Annual administration report of the Bombay Presidency - 1887-1892
Year: 1887
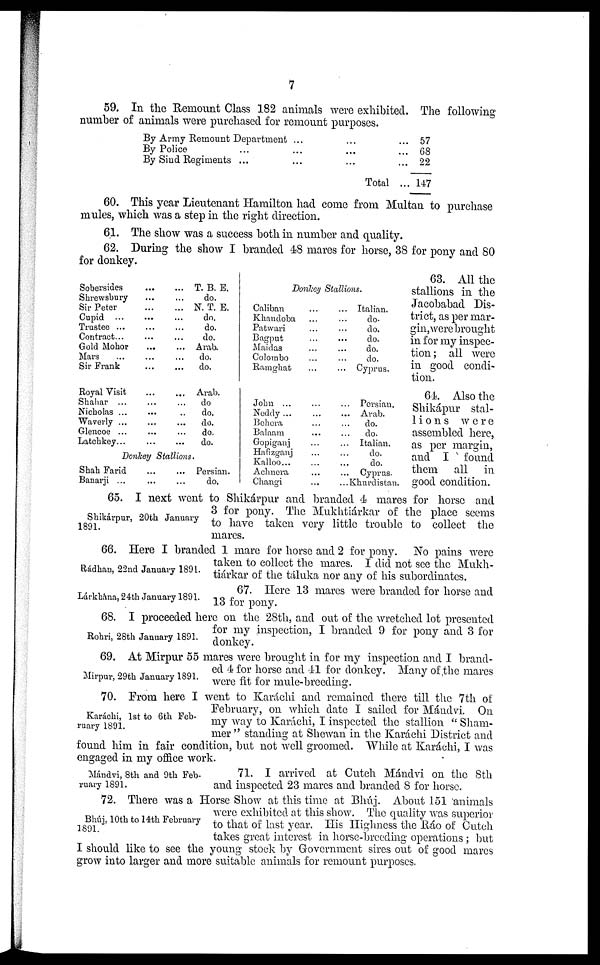
7
59. In the Remount Class 182 animals were exhibited. The following
number of animals were purchased for remount purposes.
By Army Remount Department ...
By Police ... ...
By Sind Regiments ... ...
...
...
...
Total
... 57
... 68
... 22
... 147
60. This year Lieutenant Hamilton had come from Multan to purchase
mules, which was a step in the right direction.
61. The show was a success both in number and quality.
62. During the show I branded 48 mares for horse, 38 for pony and 80
for donkey.
Sobersides
Shrewsbury
Sir Peter
Cupid ...
Trustee ...
Contract ...
Gold Mohor
Mars ...
Sir Frank
...
...
...
...
...
...
...
...
...
...
...
...
...
...
...
...
...
...
T. B. E.
do.
N. T. E.
do.
do.
do.
Arab.
do.
do.
Donkey Stallions.
Caliban
Khandoba
Patwari
Bagput
Maidas
Colombo
Ramghat
...
...
...
...
...
...
...
...
...
...
...
...
...
...
Italian.
do.
do.
do.
do.
do.
Cyprus.
63. All the
stallions in the
Jacobabad Dis-
trict, as per mar-
gin, were brought
in for my inspec-
tion; all were
in good condi-
tion.
Royal Visit
Shahar ...
Nicholas ...
Waverly ...
Glencoe ...
Latchkey...
...
...
...
...
...
...
...
...
...
...
...
...
Arab.
do
do.
do.
do.
do.
Donkey Stallions.
Shah Farid
Banarji ...
...
...
...
...
Persian.
do.
John ...
Neddy ...
Behera ...
Balaam
Gopiganj
Hafizganj
Kalloo...
Achnera
Changi
...
...
...
...
...
...
...
...
...
...
...
...
...
...
...
...
...
...
Persian,
Arab.
do.
do.
Italian.
do.
do.
Cyprus.
Khurdistan.
64. Also the
Shikápur stal-
lions were
assembled here,
as per margin,
and I found
them all in
good condition.
Shikárpur, 20th January
1891.
65. I next went to Shikárpur and branded 4 mares for horse and
3 for pony. The Mukhtiárkar of the place seems
to have taken very little trouble to collect the
mares.
Rádhan, 22nd January 1891.
66. Here I branded 1 mare for horse and 2 for pony. No pains were
taken to collect the mares. I did not see the Mukh-
tiárkar of the táluka nor any of his subordinates.
Lárkhána, 24th January 1891.
67. Here 13 mares were branded for horse and
13 for pony.
Rohri, 28th January 1891.
68. I proceeded here on the 28th, and out of the wretched lot presented
for my inspection, I branded 9 for pony and 3 for
donkey.
Mirpur, 29th January 1891.
69. At Mirpur 55 mares were brought in for my inspection and I brand-
ed 4 for horse and 41 for donkey. Many of the mares
were fit for mule-breeding.
Karáchi, 1st to 6th Feb-
ruary 1891.
70. From here I went to Karáchi and remained there till the 7th of
February, on which date I sailed for Mándvi. On
my way to Karáchi, I inspected the stallion "Sham-
mer" standing at Shewan in the Karáchi District and
found him in fair condition, but not well groomed. While at Karáchi, I was
engaged in my office work.
Mándvi, 8th and 9th Feb-
ruary 1891.
71. I arrived at Cutch Mándvi on the 8th
and inspected 23 mares and branded 8 for horse.
Bhúj, 10th to 14th February
1891.
72. There was a Horse Show at this time at Bhúj. About 151 animals
were exhibited at this show. The quality was superior
to that of last year. His Highness the Ráo of Cutch
takes great interest in horse-breeding operations; but
I should like to see the young stock by Government sires out of good mares
grow into larger and more suitable animals for remount purposes.